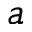
a